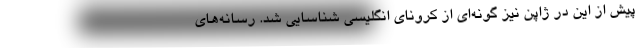
پیش از این در ژاپن نیز گونه‌ای از کرونای انگلیسی شناسایی شد. رسانه‌های